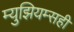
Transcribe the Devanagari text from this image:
म्युझियम्सही